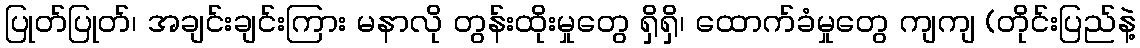
ပြုတ်ပြုတ်၊ အချင်းချင်းကြား မနာလို တွန်းထိုးမှုတွေ ရှိရှိ၊ ထောက်ခံမှုတွေ ကျကျ (တိုင်းပြည်နဲ့